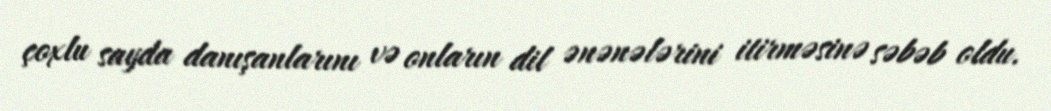
çoxlu sayda danışanlarını və onların dil ənənələrini itirməsinə səbəb oldu.